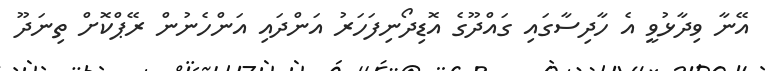
އޭނާ ވިދާޅުވީ އެ ހާދިސާގައި ގައްދޫގެ އޮޑިދޯނިފަހަރު އަންދައި އަންހެނުން ރޭޕްކޮށް ތިނަދޫ